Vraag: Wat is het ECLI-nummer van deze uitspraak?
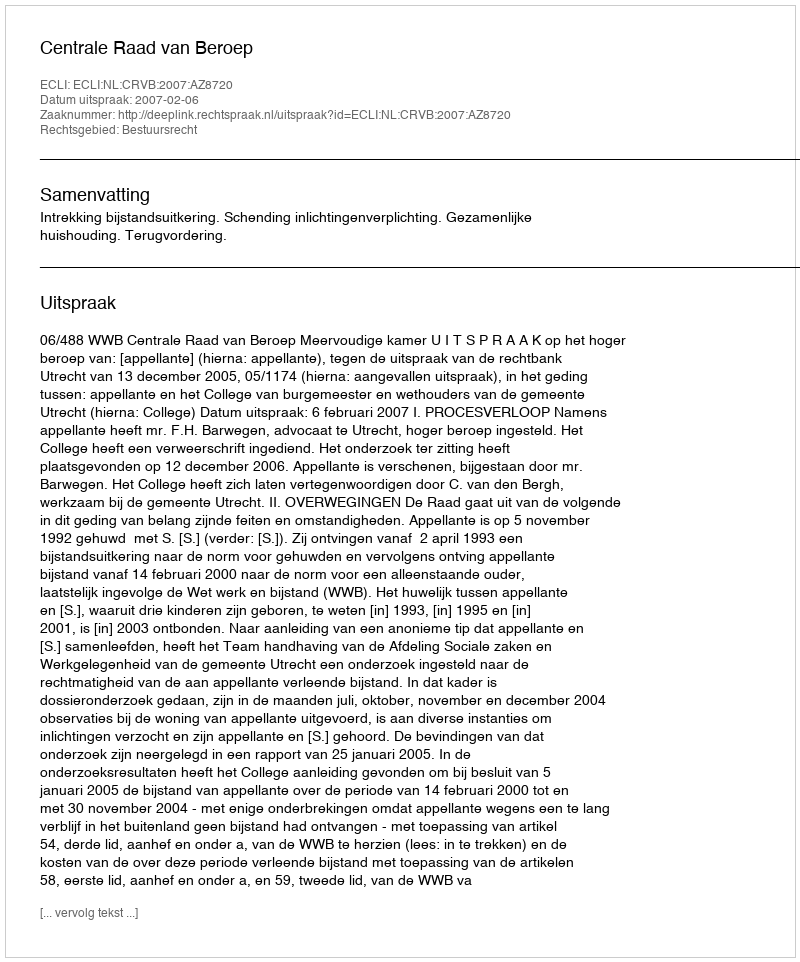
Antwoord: ECLI:NL:CRVB:2007:AZ8720